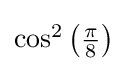
{\textstyle \cos ^{2}\left({\frac {\pi }{8}}\right)}